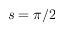
s = \pi / 2